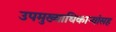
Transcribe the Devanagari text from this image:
उपमुख्याधिकाऱ्यांसह